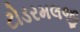
ટોડરમલજી